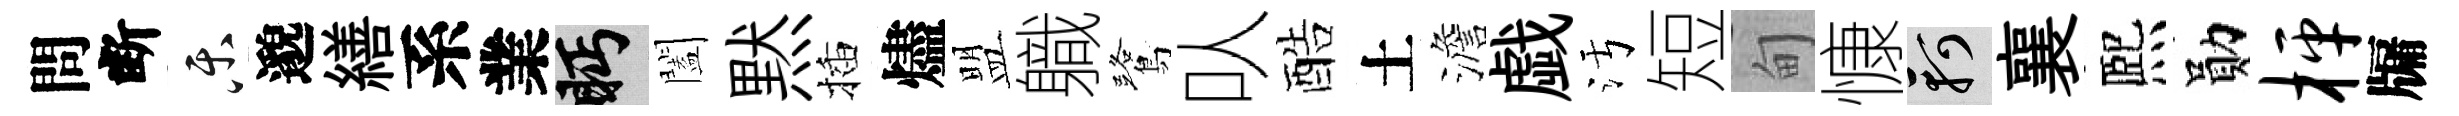
問断乐邈繕系業眄闔黙插燼盟軄鷺㕥酷土澹戯污短甸慷軻襄熈勛枰牖